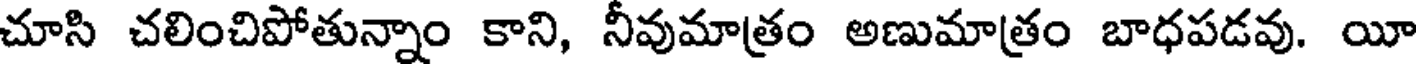
చూసి చలించిపోతున్నాం కాని, నీవుమాత్రం అణుమాత్రం బాధపడవు. యీ